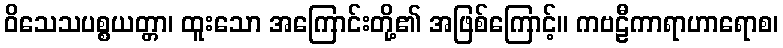
ဝိသေသပစ္စယတ္တာ၊ ထူးသော အကြောင်းတို့၏ အဖြစ်ကြောင့်။ ကဗဠီကာရာဟာရောစ၊